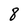
Character: 8